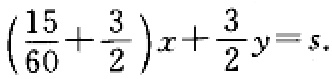
$\left(\frac{15}{60}+\frac{3}{2}\right)x+\frac{3}{2}y = s.$